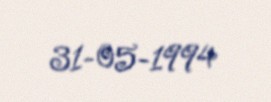
31-05-1994